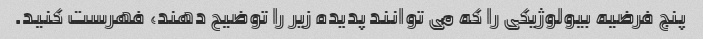
پنج فرضیه بیولوژیکی را که می توانند پدیده زیر را توضیح دهند، فهرست کنید.